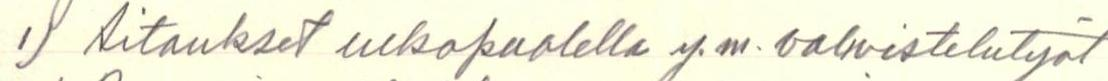
1) Aitaukset ulkopuolella y.m. valmistelutyöt